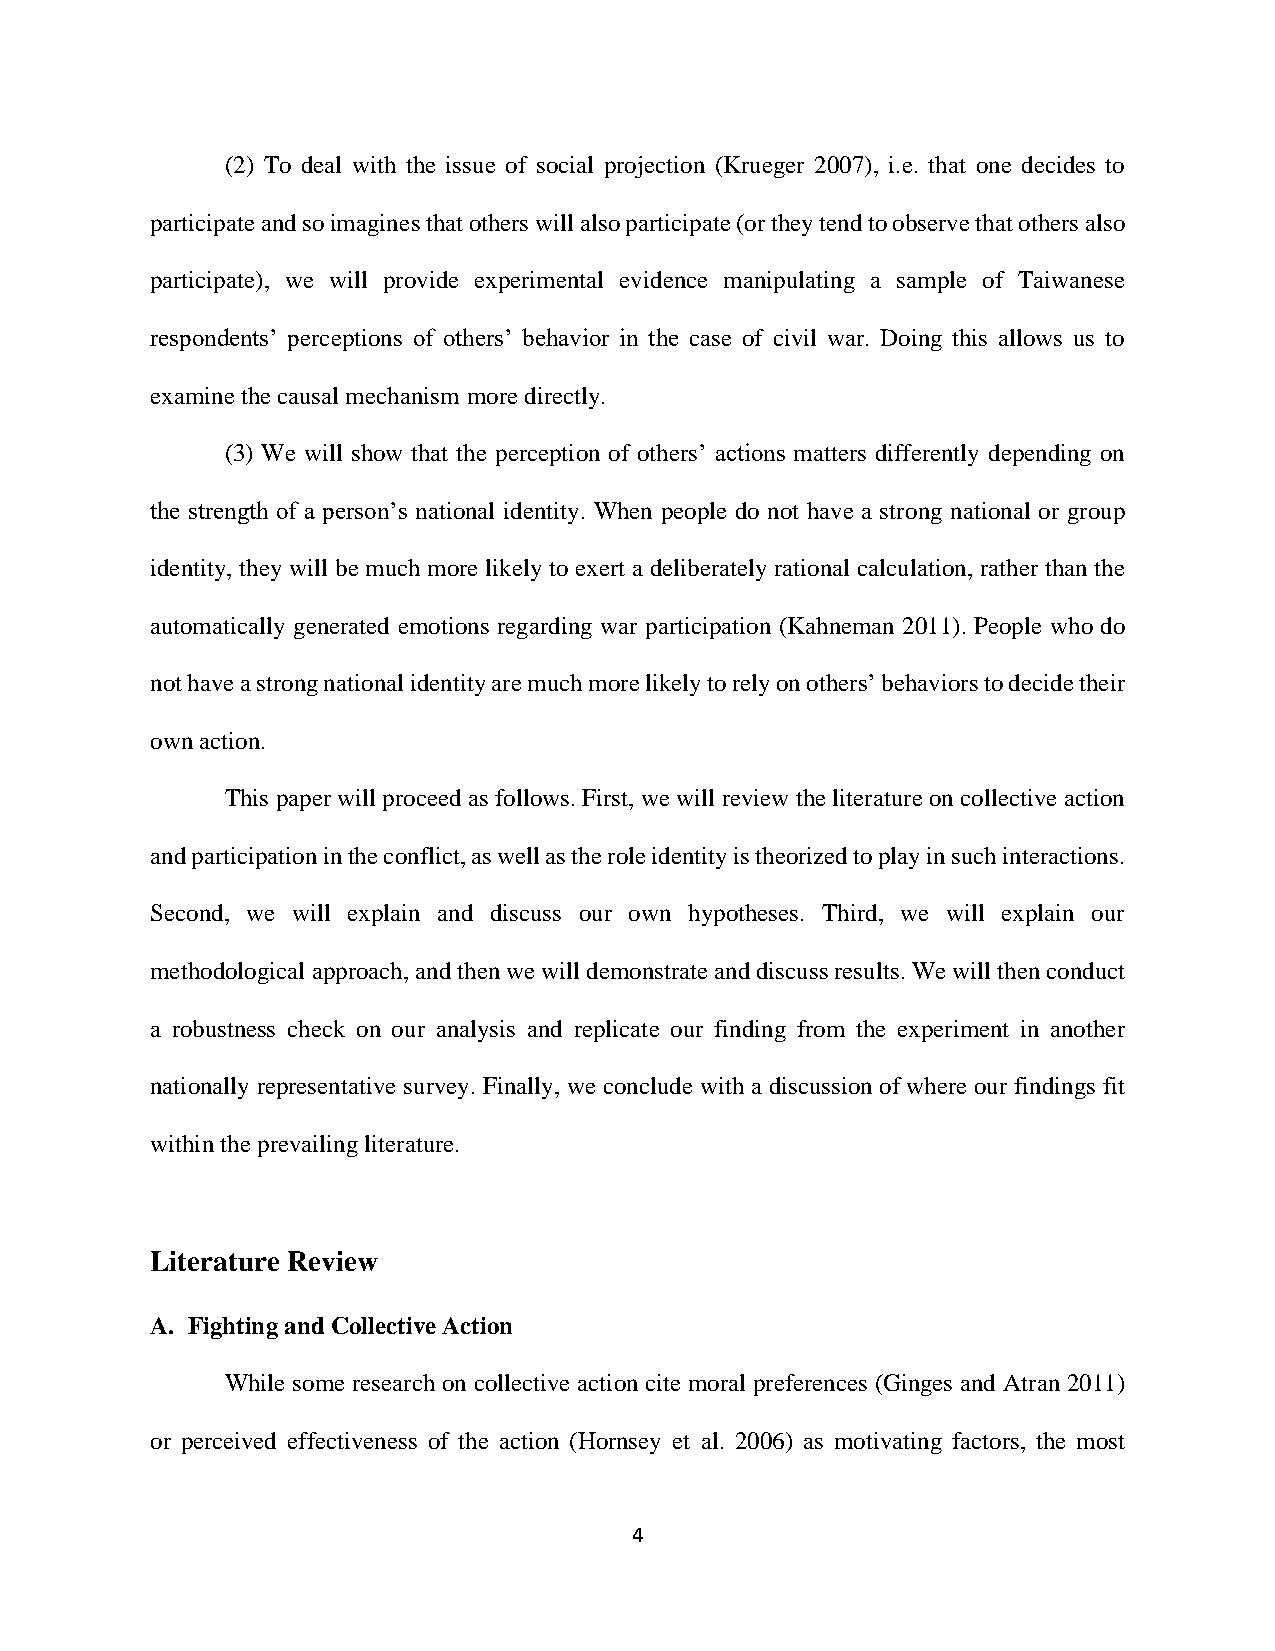
(2) To deal with the issue of social projection (Krueger 2007), i.e. that one decides to
 participate and so imagines that others will also participate (or they tend to observe that others also
 participate), we will provide experimental evidence manipulating a sample of Taiwanese
 respondents’ perceptions of others’ behavior in the case of civil war. Doing this allows us to
 examine the causal mechanism more directly.
 (3) We will show that the perception of others’ actions matters differently depending on
 the strength of a person’s national identity. When people do not have a strong national or group
 identity, they will be much more likely to exert a deliberately rational calculation, rather than the
 automatically generated emotions regarding war participation (Kahneman 2011). People who do
 not have a strong national identity are much more likely to rely on others’ behaviors to decide their
 own action.
 This paper will proceed as follows. First, we will review the literature on collective action
 and participation in the conflict, as well as the role identity is theorized to play in such interactions.
 Second, we will explain and discuss our own hypotheses. Third, we will explain our
 methodological approach, and then we will demonstrate and discuss results. We will then conduct
 a robustness check on our analysis and replicate our finding from the experiment in another
 nationally representative survey. Finally, we conclude with a discussion of where our findings fit
 within the prevailing literature.
 Literature Review
 A. Fighting and Collective Action
 While some research on collective action cite moral preferences (Ginges and Atran 2011)
 or perceived effectiveness of the action (Hornsey et al. 2006) as motivating factors, the most
 4